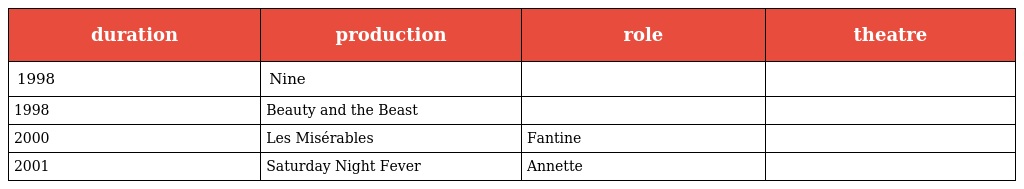
| duration | production | role | theatre |
 | --- | --- | --- | --- |
 | 1998 | Nine |  |  |
 | 1998 | Beauty and the Beast |  |  |
 | 2000 | Les Misérables | Fantine |  |
 | 2001 | Saturday Night Fever | Annette |  |